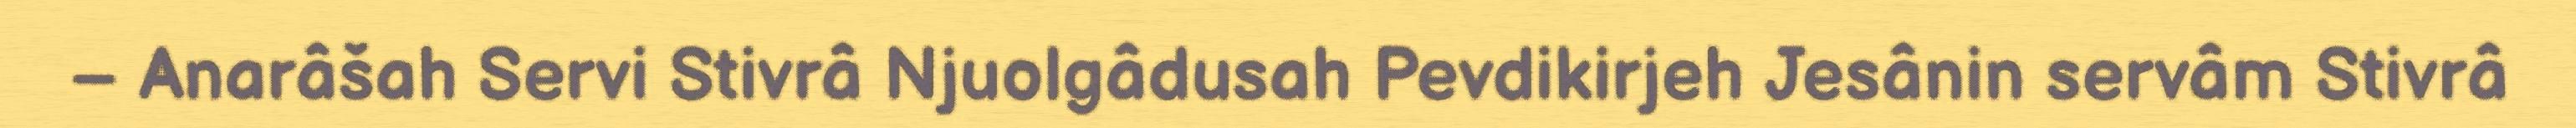
– Anarâšah Servi Stivrâ Njuolgâdusah Pevdikirjeh Jesânin servâm Stivrâ